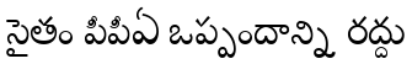
సైతం పీపీఏ ఒప్పందాన్ని రద్దు